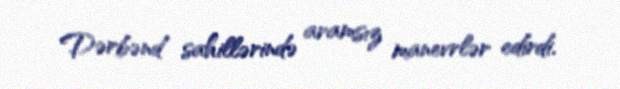
Dərbənd sahillərində aramsız manevrlər edirdi.